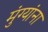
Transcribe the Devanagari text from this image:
मुंग्यांना